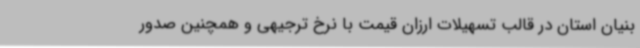
بنیان استان در قالب تسهیلات ارزان قیمت با نرخ ترجیهی و همچنین صدور